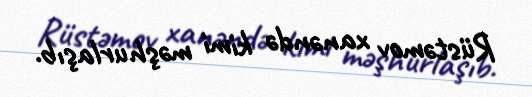
Rüstəmov xanəndə kimi məşhurlaşıb.